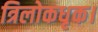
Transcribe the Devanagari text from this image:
त्रिलोकधृक।